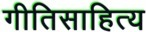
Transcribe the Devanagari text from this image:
गीतिसाहित्य